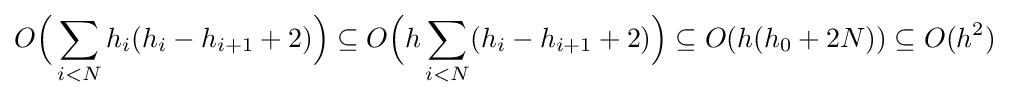
O{\Big (}\sum _{i<N}h_{i}(h_{i}-h_{i+1}+2){\Big )}\subseteq O{\Big (}h\sum _{i<N}(h_{i}-h_{i+1}+2){\Big )}\subseteq O(h(h_{0}+2N))\subseteq O(h^{2})